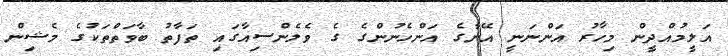
އަލީމުއްދީން މިހާރު އަންނަނީ އޭނާގެ އަންހެނުންގެ ގެ ވެލެންސިއާގައި ތަފާތު ބާވަތްތަކުގެ މެޝިން